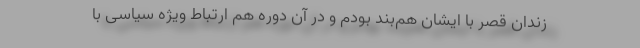
زندان قصر با ایشان هم‌بند بودم و در آن دوره هم ارتباط ویژه سیاسی با